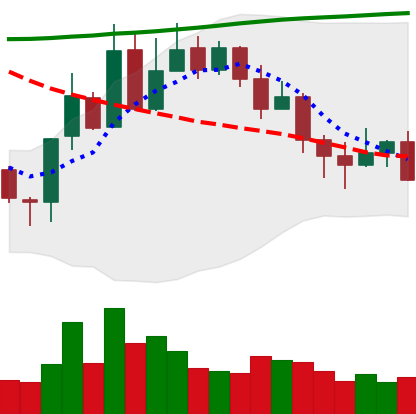
Ticker: XLM-USD
Chart end date: 2020-11-02
Forward return: 5.226%
Label: up_5_7